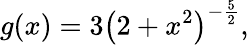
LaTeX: g(x)=3\left(2+x^{2}\right)^{-{\frac{5}{2}}},